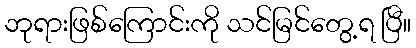
ဘုရားဖြစ်ကြောင်းကို သင်မြင်တွေ့ရ ပြီ။